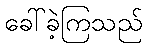
ခေါ်ခဲ့ကြသည်